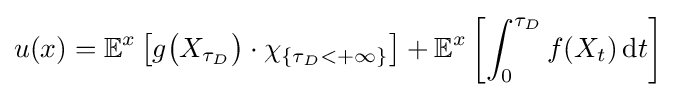
u(x)=\mathbb {E} ^{x}\left[g{\big (}X_{\tau _{D}}{\big )}\cdot \chi _{\{\tau _{D}<+\infty \}}\right]+\mathbb {E} ^{x}\left[\int _{0}^{\tau _{D}}f(X_{t})\,\mathrm {d} t\right]